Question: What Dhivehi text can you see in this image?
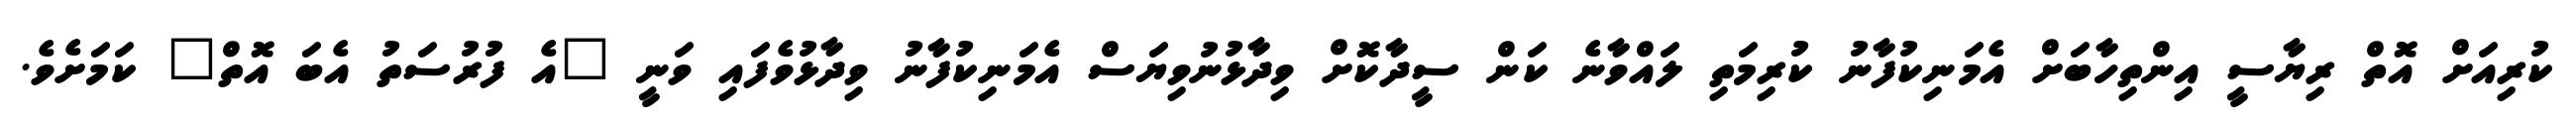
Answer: ކުރިއަށް އޮތް ރިޔާސީ އިންތިހާބަށް އެމަނިކުފާނު ކުރިމަތި ލައްވާނެ ކަން ސީދާކޮށް ވިދާޅުނުވިޔަސް އެމަނިކުފާނު ވިދާޅުވެފައި ވަނީ "އެ ފުރުސަތު އެބަ އޮތް" ކަމަށެވެ.